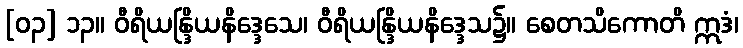
[၀၃] ၁၃။ ဝီရိယန္ဒြိယနိဒ္ဒေသေ၊ ဝီရိယန္ဒြိယနိဒ္ဒေသ၌။ စေတသိကောတိ ဣဒံ၊